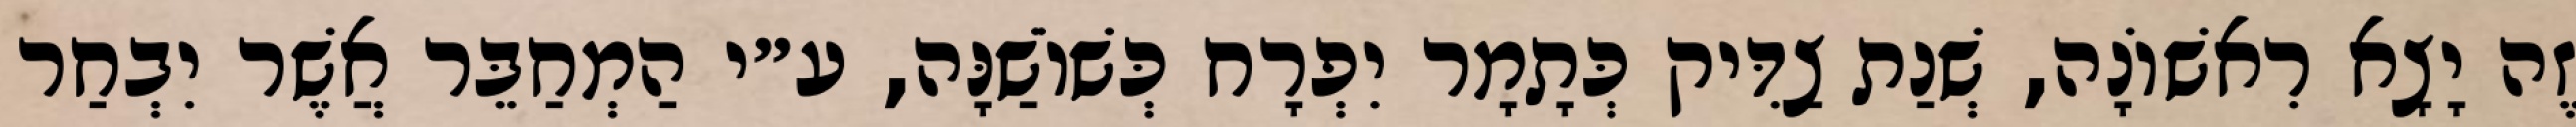
זֶה יָצָא רִאשׁוֹנָה, שְׁנַת צַדִּיק כְּתָמָר יִפְרָח כְּשׁוֹשַׁנָּה, ע״י הַמְחַבֵּר אֲשֶׁר יִבְחַר